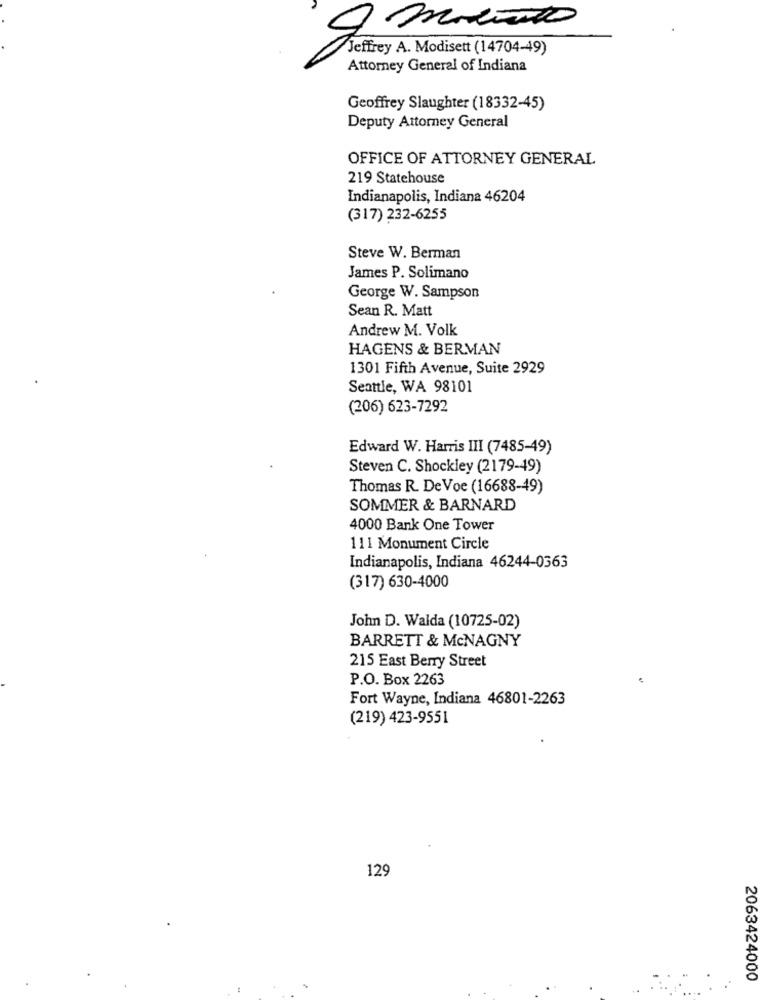
8 momento
Jeffrey A. Modisett (14704-49)
Attorney General of Indiana
Geoffrey Slaughter (18332-45)
Deputy Attorney General
OFFICE OF ATTORNEY GENERAL
219 Statehouse
Indianapolis, Indiana 46204
(317) 232-6255
Steve W. Berman
James P. Solimano
George W. Sampson
Sean R. Matt
Andrew M. Volk
HAGENS & BERMAN
1301 Fifth Avenue, Suite 2929
Seattle, WA 98101
(206) 623-7292
Edward W. Harris III (7485-49)
Steven C. Shockley (2179-49)
Thomas R. De Voe (16688-49)
SOMMER & BARNARD
4000 Bank One Tower
111 Monument Circle
Indianapolis, Indiana 46244-0363
(317) 630-4000
John D. Walda (10725-02)
BARRETT & McNAGNY
215 East Berry Street
P.O. Box 2263
Fort Wayne, Indiana 46801-2263
(219) 423-9551
129
2063424000